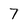
Character: 7